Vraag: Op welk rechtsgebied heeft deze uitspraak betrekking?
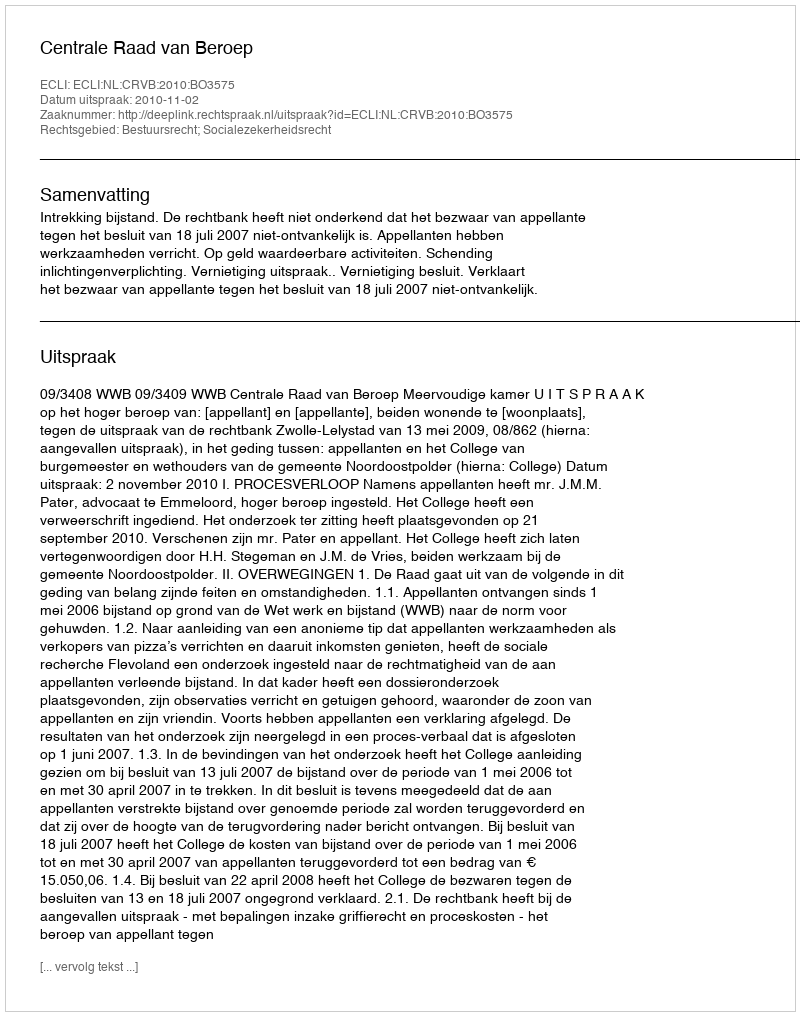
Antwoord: Bestuursrecht; Socialezekerheidsrecht